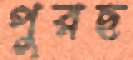
পুরছ